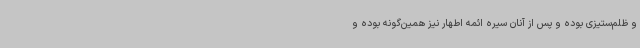
و ظلم‌ستیزی بوده و پس از آنان سیره ائمه اطهار نیز همین‌گونه بوده و